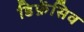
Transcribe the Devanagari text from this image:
डिफ़ेंसिव